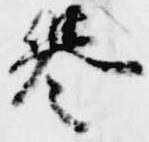
誉